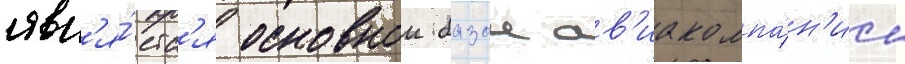
явл'я́етс'я основнои базои ав'иакомпа́н'ии